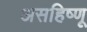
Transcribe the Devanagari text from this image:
असहिष्णू